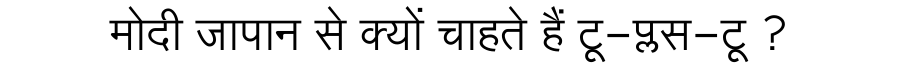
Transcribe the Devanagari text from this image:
मोदी जापान से क्यों चाहते हैं टू-प्लस-टू ?